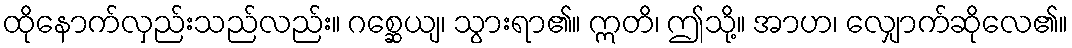
ထိုနောက်လှည်းသည်လည်း။ ဂစ္ဆေယျ၊ သွားရာ၏။ ဣတိ၊ ဤသို့။ အာဟ၊ လျှောက်ဆိုလေ၏။